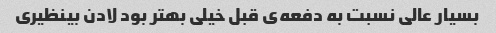
بسیار عالی نسبت به دفعه‌ی قبل خیلی بهتر بود لادن بینظیری